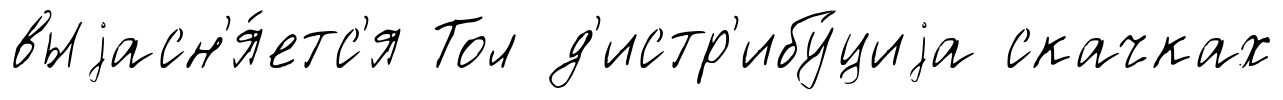
выjасн'я́етс'я Тол д'истр'ибу́циjа скачках